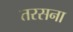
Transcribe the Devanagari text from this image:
तरसना